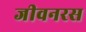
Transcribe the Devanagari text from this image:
जीवनरस